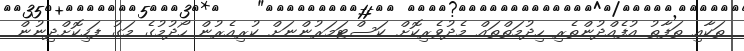
ތަކާއި ތަފާތު އުފެއްދުންތެރި ހިދުމަތްތައް މެދުވެރިކޮށް ކަސްޓަމަރުންނަށް ކުރިއެރުން ހޯދުމުގެ މަގު ފަހިކޮށްދިނުން